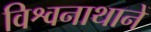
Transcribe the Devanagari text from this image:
विश्वनाथानें